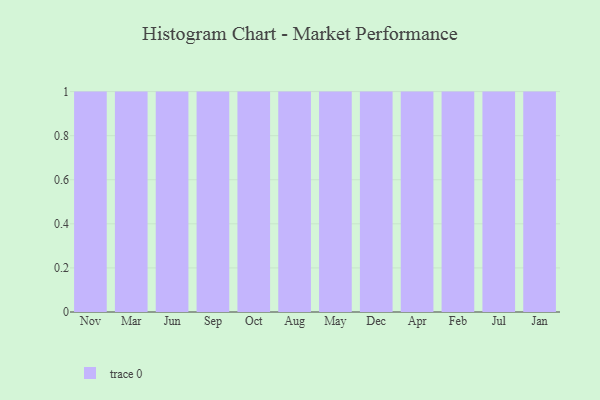
{"axis": {"x": "Month", "y": "Production Output"}, "legend": [""], "data": [{"x": "Nov", "y": 74, "type": ""}, {"x": "Mar", "y": 60, "type": ""}, {"x": "Jun", "y": 70, "type": ""}, {"x": "Sep", "y": 23, "type": ""}, {"x": "Oct", "y": 100, "type": ""}, {"x": "Aug", "y": 94, "type": ""}, {"x": "May", "y": 86, "type": ""}, {"x": "Dec", "y": 32, "type": ""}, {"x": "Apr", "y": 43, "type": ""}, {"x": "Feb", "y": 94, "type": ""}, {"x": "Jul", "y": 90, "type": ""}, {"x": "Jan", "y": 23, "type": ""}]}